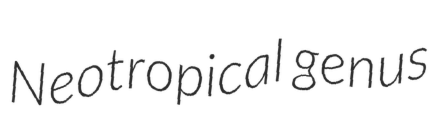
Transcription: Neotropical genus